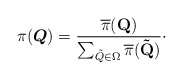
\begin{align*}{ \pi}(\boldsymbol{Q})=\frac{{{\mathop{\overline{\pi}}\nolimits} (\mathbf{{Q}})}}{{\sum\nolimits_{ \tilde{Q} \in \Omega } { { \overline{\pi}}(\mathbf{\tilde Q})}}} \cdot\end{align*}